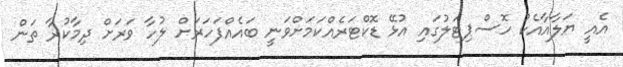
އެއީ ޔަލާއާއެކު ހޮސްޕިޓަލުގައި އުޅޭ ޑޮކްޓަރެއްކަމަށްވަނީ ބައެއްފަހަރަށް ލުހާ ވަރަށް ދިމާކުރާ ތަން